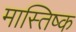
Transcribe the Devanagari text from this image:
मास्तिष्क